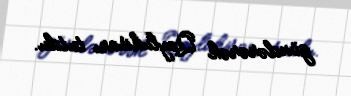
göndərərək Qoyluhisarı tutdu.